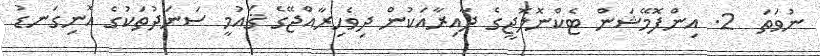
ނުވަތަ  2. އިންފޮމޭޝަން ޓެކްނޮލޮޖީގެ ދާއިރާއަކުން ދިވެހިރާއްޖޭގެ ޤައުމީ ސަނަދުތަކުގެ އޮނިގަނޑު